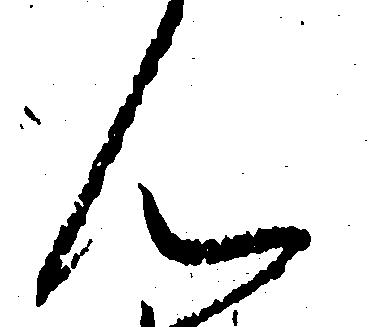
ん